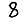
Digit: 8